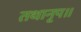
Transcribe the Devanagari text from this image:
तथानृप॥